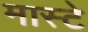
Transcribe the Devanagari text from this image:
मास्टे